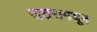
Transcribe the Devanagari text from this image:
जठरामधून